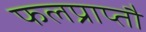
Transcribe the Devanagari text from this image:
फलप्राप्तौ